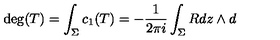
\deg ( T ) = \int _ { \Sigma } c _ { 1 } ( T ) = - \frac { 1 } { 2 \pi i } \int _ { \Sigma } R d z \wedge d